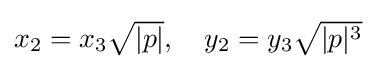
\textstyle x_{2}=x_{3}{\sqrt {|p|}},\quad y_{2}=y_{3}{\sqrt {|p|^{3}}}